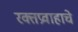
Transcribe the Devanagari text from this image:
रक्तप्रवाहाचे